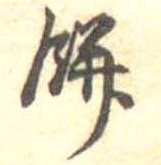
餅